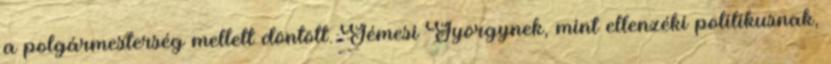
a polgármesterség mellett döntött. Gémesi Györgynek, mint ellenzéki politikusnak,